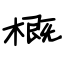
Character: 概